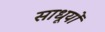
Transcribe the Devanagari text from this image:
साधूयों